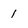
Character: 1